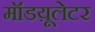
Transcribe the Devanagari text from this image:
मॉडय़ूलेटर